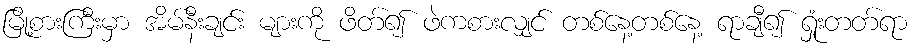
မြို့စားကြီးမှာ အိမ်နီးချင်း များကို ဖိတ်၍ ဖဲကစားလျှင် တစ်နေ့တစ်နေ့ ရာချီ၍ ရှုံးတတ်ရာ